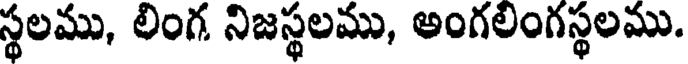
స్థలము, లింగ నిజస్థలము, అంగలింగస్థలము.